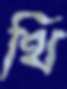
থি